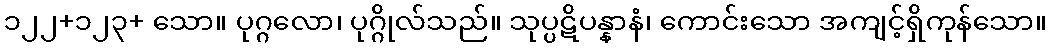
၁၂၂+၁၂၃+ သော။ ပုဂ္ဂလော၊ ပုဂ္ဂိုလ်သည်။ သုပ္ပဋိပန္နာနံ၊ ကောင်းသော အကျင့်ရှိကုန်သော။